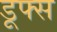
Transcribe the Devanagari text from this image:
डूफ्स